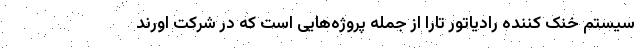
سیستم خنک کننده رادیاتور تارا از جمله پروژه‌هایی است که در شرکت اورند